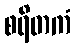
စရိတကံ